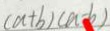
( a + b ) ( a - b )